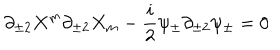
\partial _ { \pm 2 } X ^ { m } \partial _ { \pm 2 } X _ { m } - \frac { i } { 2 } \psi _ { \pm } \partial _ { \pm 2 } \psi _ { \pm } = 0